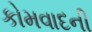
કોમવાદની